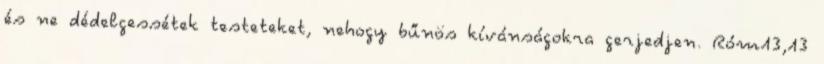
és ne dédelgessétek testeteket, nehogy bűnös kívánságokra gerjedjen. Róm13,13